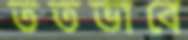
ততভাবে